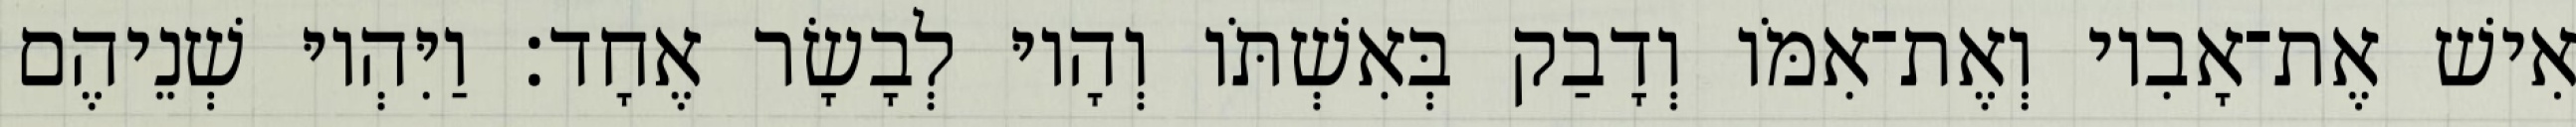
אִישׁ אֶת־אָבִיו וְאֶת־אִמֹּו וְדָבַק בְּאִשְׁתֹּו וְהָיוּ לְבָשָׂר אֶחָד׃ וַיִּהְיוּ שְׁנֵיהֶם